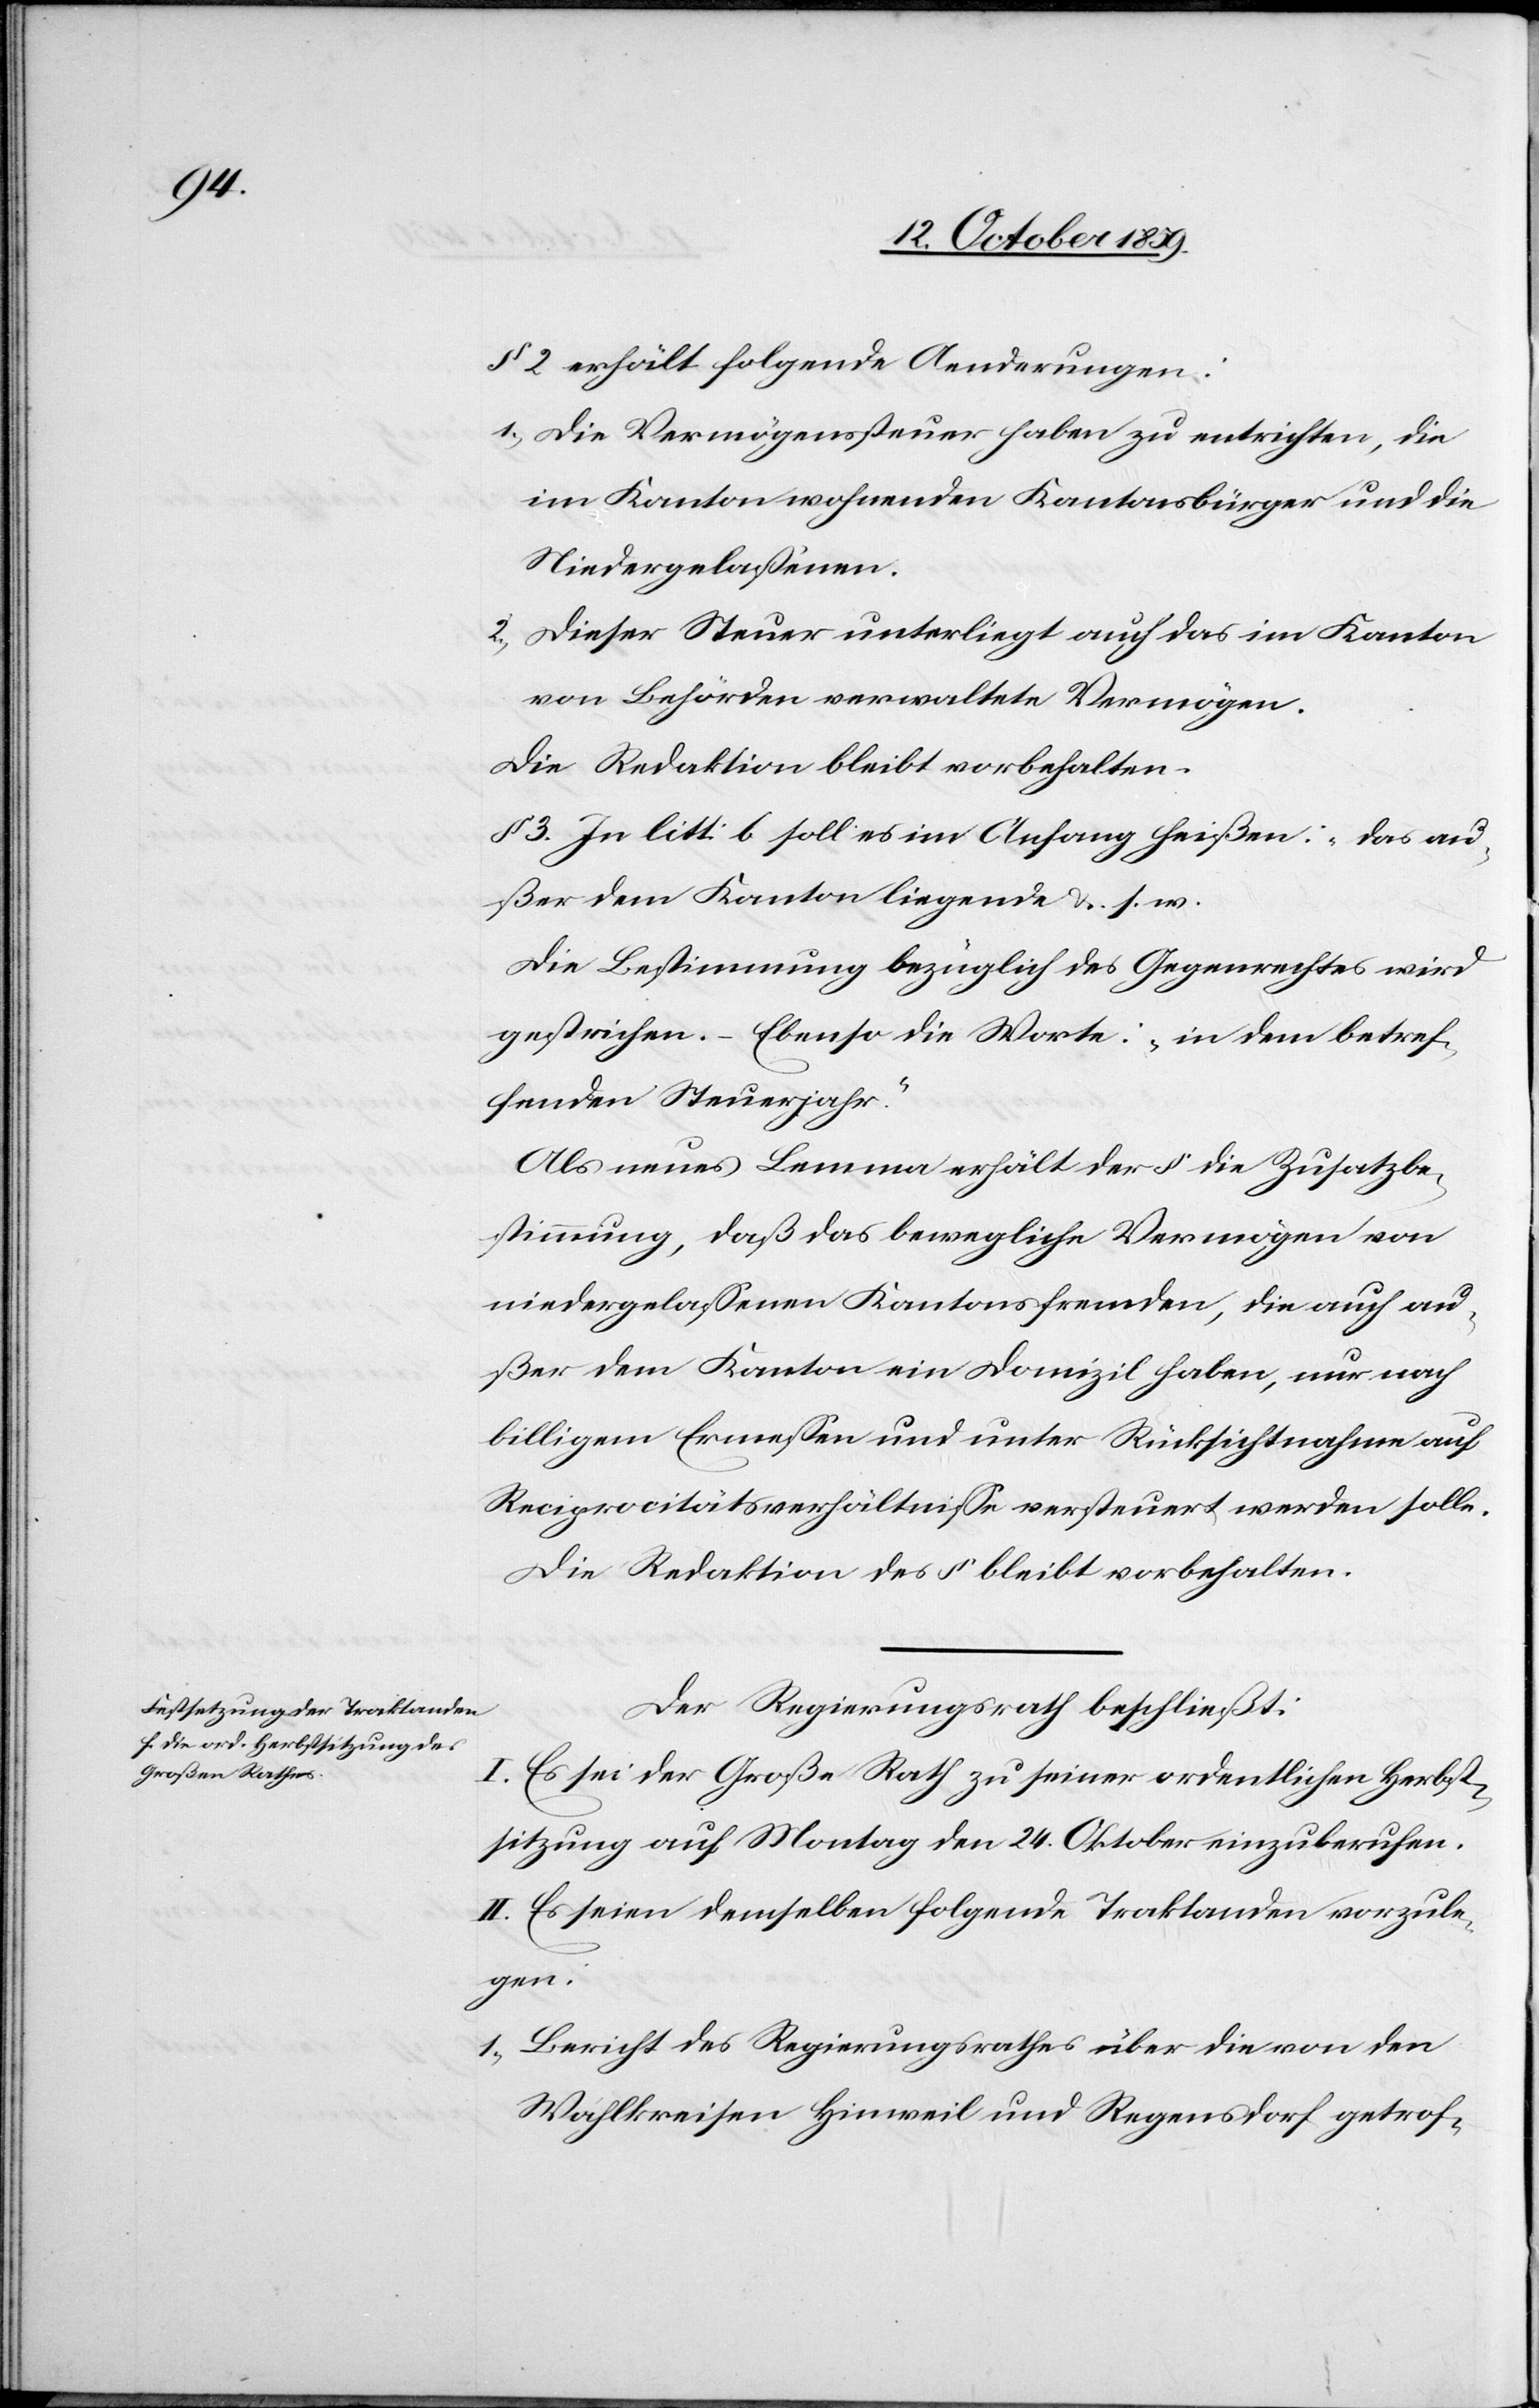
§ 2 erhält folgende Aenderung:
1.) Die Vermögenssteuer haben zu entrichten, die
im Kanton wohnenden Kantonsbürger und die
Niedergelassenen.
2.) Dieser Steuer unterliegt auch das im Kanton
von Behörden verwaltete Vermögen.
Die Reduktion bleibt vorbehalten.
§ 3. In litt: b soll es im Anhang heißen: „das au¬
ßer dem Kanton liegende &. s.
Die Bestimmung bezüglich des Gegenrechtes wird
gestrichen. – Ebenso die Worte: „in dem betref¬
fenden Steuerjahr.“
Als neues Lemma erhält der § die Zusatzbe¬
stimmung, daß das bewegliche Vermögen von
niedergelassenen Kantonsfremden, die auch au¬
ßer dem Kanton ein Domizil haben, nur nach
billigem Ermessen und unter Rücksichtnahme auf
Reciprocitätsverhältnisse versteuert werden solle.
Die Redaktion des § bleibt vorbehalten.
Der Regierungsrath beschließt:
I. Es sei der Große Rath zu seiner ordentlichen Herbst¬
sitzung auf Montag den 24. Oktober einzuberufen.
II. Es seinen demselben folgende Traktanden vorzule¬
gen:
1) Bericht der Regierungsrathes über die von den
Wahlkreisen Hinweil und Regensdorf getrof-